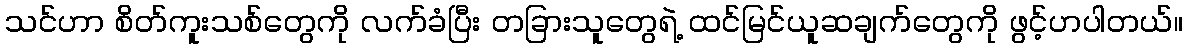
သင်ဟာ စိတ်ကူးသစ်တွေကို လက်ခံပြီး တခြားသူတွေရဲ့ ထင်မြင်ယူဆချက်တွေကို ဖွင့်ဟပါတယ်။